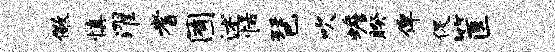
儆慎濯耆囿述恬琶吹蟾睽俾促筐